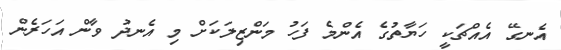
އެނގޭ އެއްޗަކީ ހަޔާތުގެ އެންމެ ފަހު މަންޒިލަކަށް މި އެނދު ވާން އަހަރެން